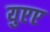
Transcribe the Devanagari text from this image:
युएए